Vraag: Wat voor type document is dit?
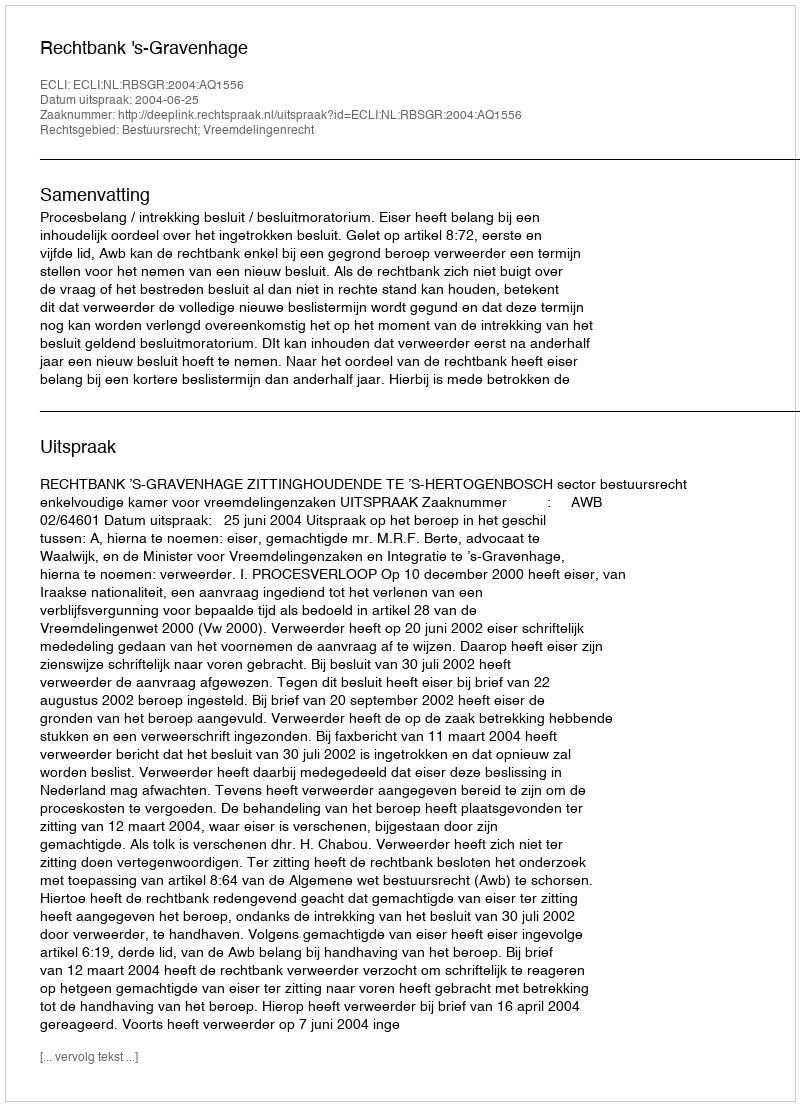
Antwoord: Uitspraak